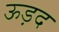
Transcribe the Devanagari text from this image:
ऊड़द